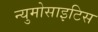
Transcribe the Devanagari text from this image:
न्युमोसाइटिस